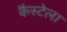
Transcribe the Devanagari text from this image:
कैस्टेला